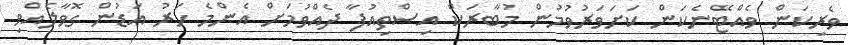
ވެރިކަން ވެއްޓޭނެކަން ކަށަވަރުވުމުން މުބާރަކް އިސްތިއުފާ ދެއްވުމަށް އެންމެ ހަރު އަޑުން ގޮވާލެއްވި